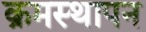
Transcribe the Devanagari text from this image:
क्रमस्थापन